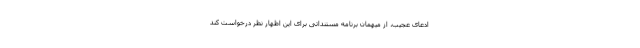
ادعاى عجیب، از میهمان برنامه مستنداتى براى این اظهار نظر درخواست کند